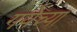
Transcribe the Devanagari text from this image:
गयेच्या